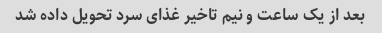
بعد از یک ساعت و نیم تاخیر غذای سرد تحویل داده شد